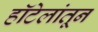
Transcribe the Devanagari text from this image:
हॉटेलांतून